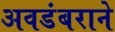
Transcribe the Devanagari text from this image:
अवडंबराने